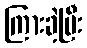
ကြားခဲ့ပြီး